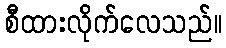
စီထားလိုက်လေသည်။